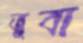
তুবা